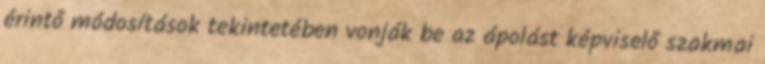
érintő módosítások tekintetében vonják be az ápolást képviselő szakmai